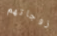
زوجاتهم